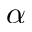
\alpha